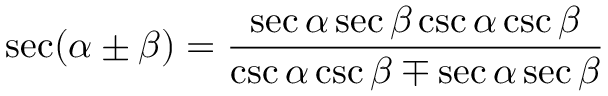
\sec ( \alpha \pm \beta ) = { \frac { \sec \alpha \sec \beta \csc \alpha \csc \beta } { \csc \alpha \csc \beta \mp \sec \alpha \sec \beta } }